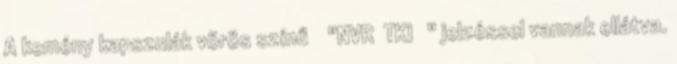
A kemény kapszulák vörös színű "NVR TKI " jelzéssel vannak ellátva.